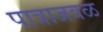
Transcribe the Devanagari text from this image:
पात्राजवळ